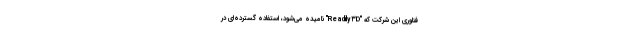
فناوری این شرکت که "Readily۳D" نامیده می‌شود، استفاده گسترده‌ای در